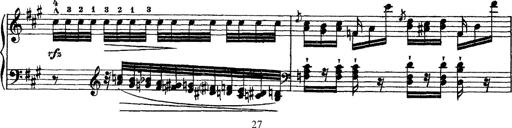
Title: Grande fantasie di bravura sur La clochette
Composer: Franz Liszt
Key: A minor